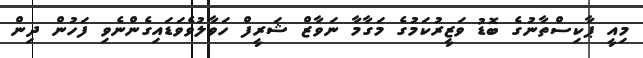
މިއީ ޕާކިސްތާނުގެ ބޮޑު ވަޒީރުކަމުގެ މަގާމާ ނަވާޒް ޝަރީފް ހަވާލުވެވަޑައިގެންނެވި ފަހުން ދިން